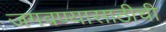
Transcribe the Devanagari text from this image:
जगवण्यासाठीची